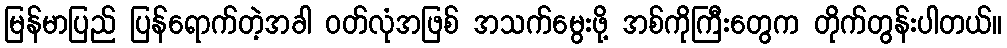
မြန်မာပြည် ပြန်ရောက်တဲ့အခါ ဝတ်လုံအဖြစ် အသက်မွေးဖို့ အစ်ကိုကြီးတွေက တိုက်တွန်းပါတယ်။